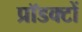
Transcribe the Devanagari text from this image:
प्रॉडक्टों